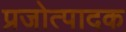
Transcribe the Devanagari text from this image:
प्रजोत्पादक